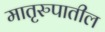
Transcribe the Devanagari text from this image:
मातृरुपातील